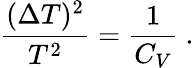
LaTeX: \frac{(\Delta T)^{2}}{T^{2}}={\frac{1}{C_{V}}}\ .